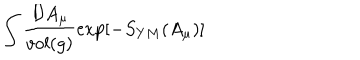
LaTeX: \int \frac { { \cal D } A _ { \mu } } { v o l ( g ) } \exp [ - S _ { Y M } ( A _ { \mu } ) ]